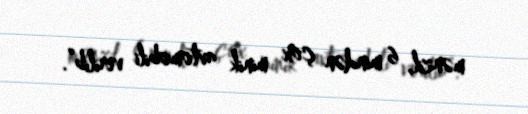
mənzil, 6 mindən çox minik avtomobili verilib”.